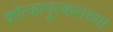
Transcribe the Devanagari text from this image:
कोल्हापूरकरांच्या